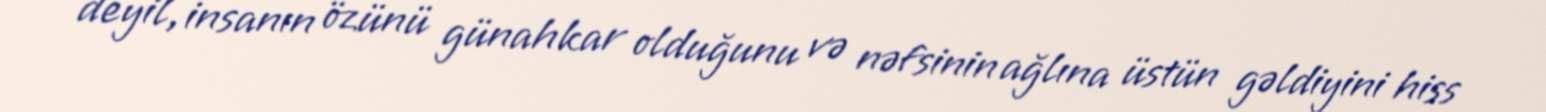
deyil, insanın özünü günahkar olduğunu və nəfsinin ağlına üstün gəldiyini hiss